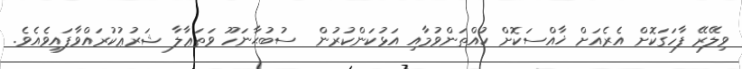
ވިލޭރޭ ފާހަގަކޮށް އެރެއަށް ޚާއްސަކޮށް ކުއްތަންވުމާއި އަޅުކަންކުރުން  ސުބުޙާނަހޫ ވަތަޢާލާ ޝަރުޢުކުރައްވާފައިވެއެވެ.